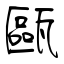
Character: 甌